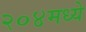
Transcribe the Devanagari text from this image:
२०४मध्ये